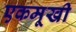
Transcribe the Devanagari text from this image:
एकमूखी